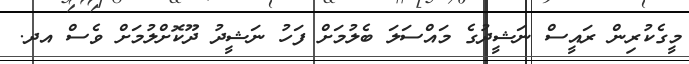
މީގެކުރިން ރައީސް ނަޝީދުގެ މައްސަލަ ބެލުމަށް ފަހު ނަޝީދު ދޫކޮށްލުމަށް ވެސް އދ.